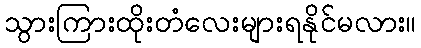
သွားကြားထိုးတံလေးများရနိုင်မလား။